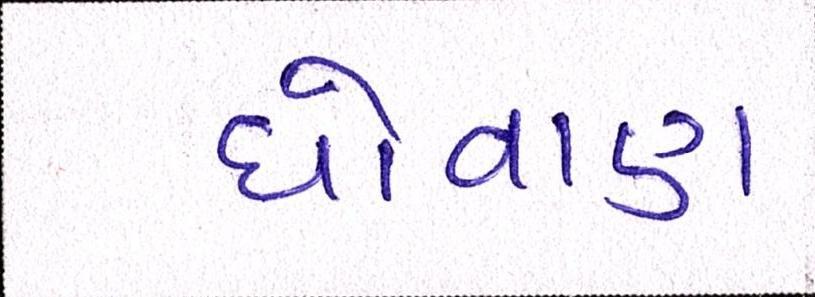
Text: ધોવાણ